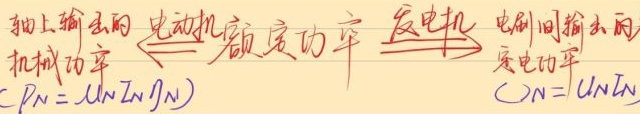
轴上输出的机械功率（$P_{N} = U_{N}I_{N}\eta_{N}$）$\xleftarrow{电动机额定功率}$ $\xleftarrow{发电机}$ $\xrightarrow{电刷间输出的}$是电功率（$P = U_{N}I_{N}$）